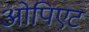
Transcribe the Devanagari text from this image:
ओपिएट